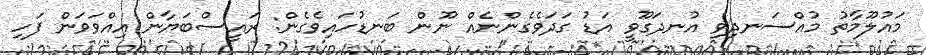
މައުލޫމާތު މުއްސަނދިވި އުނދަގޫވީ އަޑު ގަދަވެގެންނެއް ނޫން ބަނޑުހައިވެގެން: ރައީސްބަޔާން އިއްވަވަން ފަހި